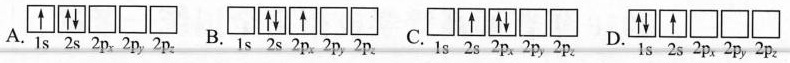
A. B. C. D.